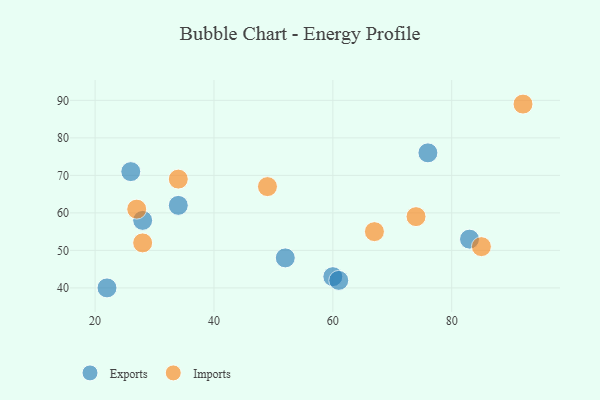
{"axis": {"x": "GDP", "y": "Life Expectancy"}, "legend": ["Exports", "Imports"], "data": [{"x": "52", "y": 48, "type": "Exports"}, {"x": "76", "y": 76, "type": "Exports"}, {"x": "60", "y": 43, "type": "Exports"}, {"x": "34", "y": 62, "type": "Exports"}, {"x": "83", "y": 53, "type": "Exports"}, {"x": "61", "y": 42, "type": "Exports"}, {"x": "26", "y": 71, "type": "Exports"}, {"x": "28", "y": 58, "type": "Exports"}, {"x": "22", "y": 40, "type": "Exports"}, {"x": "74", "y": 59, "type": "Imports"}, {"x": "92", "y": 89, "type": "Imports"}, {"x": "67", "y": 55, "type": "Imports"}, {"x": "49", "y": 67, "type": "Imports"}, {"x": "85", "y": 51, "type": "Imports"}, {"x": "27", "y": 61, "type": "Imports"}, {"x": "34", "y": 69, "type": "Imports"}, {"x": "28", "y": 52, "type": "Imports"}]}